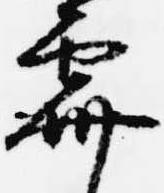
霽